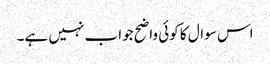
اس سوال کا کوئی واضح جواب نہیں ہے۔